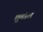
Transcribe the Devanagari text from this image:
द्युमंडल